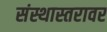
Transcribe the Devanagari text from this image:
संस्थास्तरावर